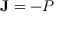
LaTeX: \mathbf { J } = - P